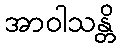
အာဝါသန္တိ